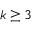
k \geq 3